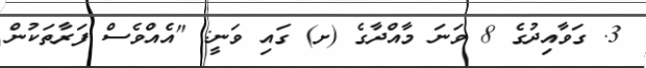
3. ގަވާއިދުގެ 8 ވަނަ މާއްދާގެ (ށ) ގައި ވަނީ: "އެއްވެސް ފަރާތަކުން